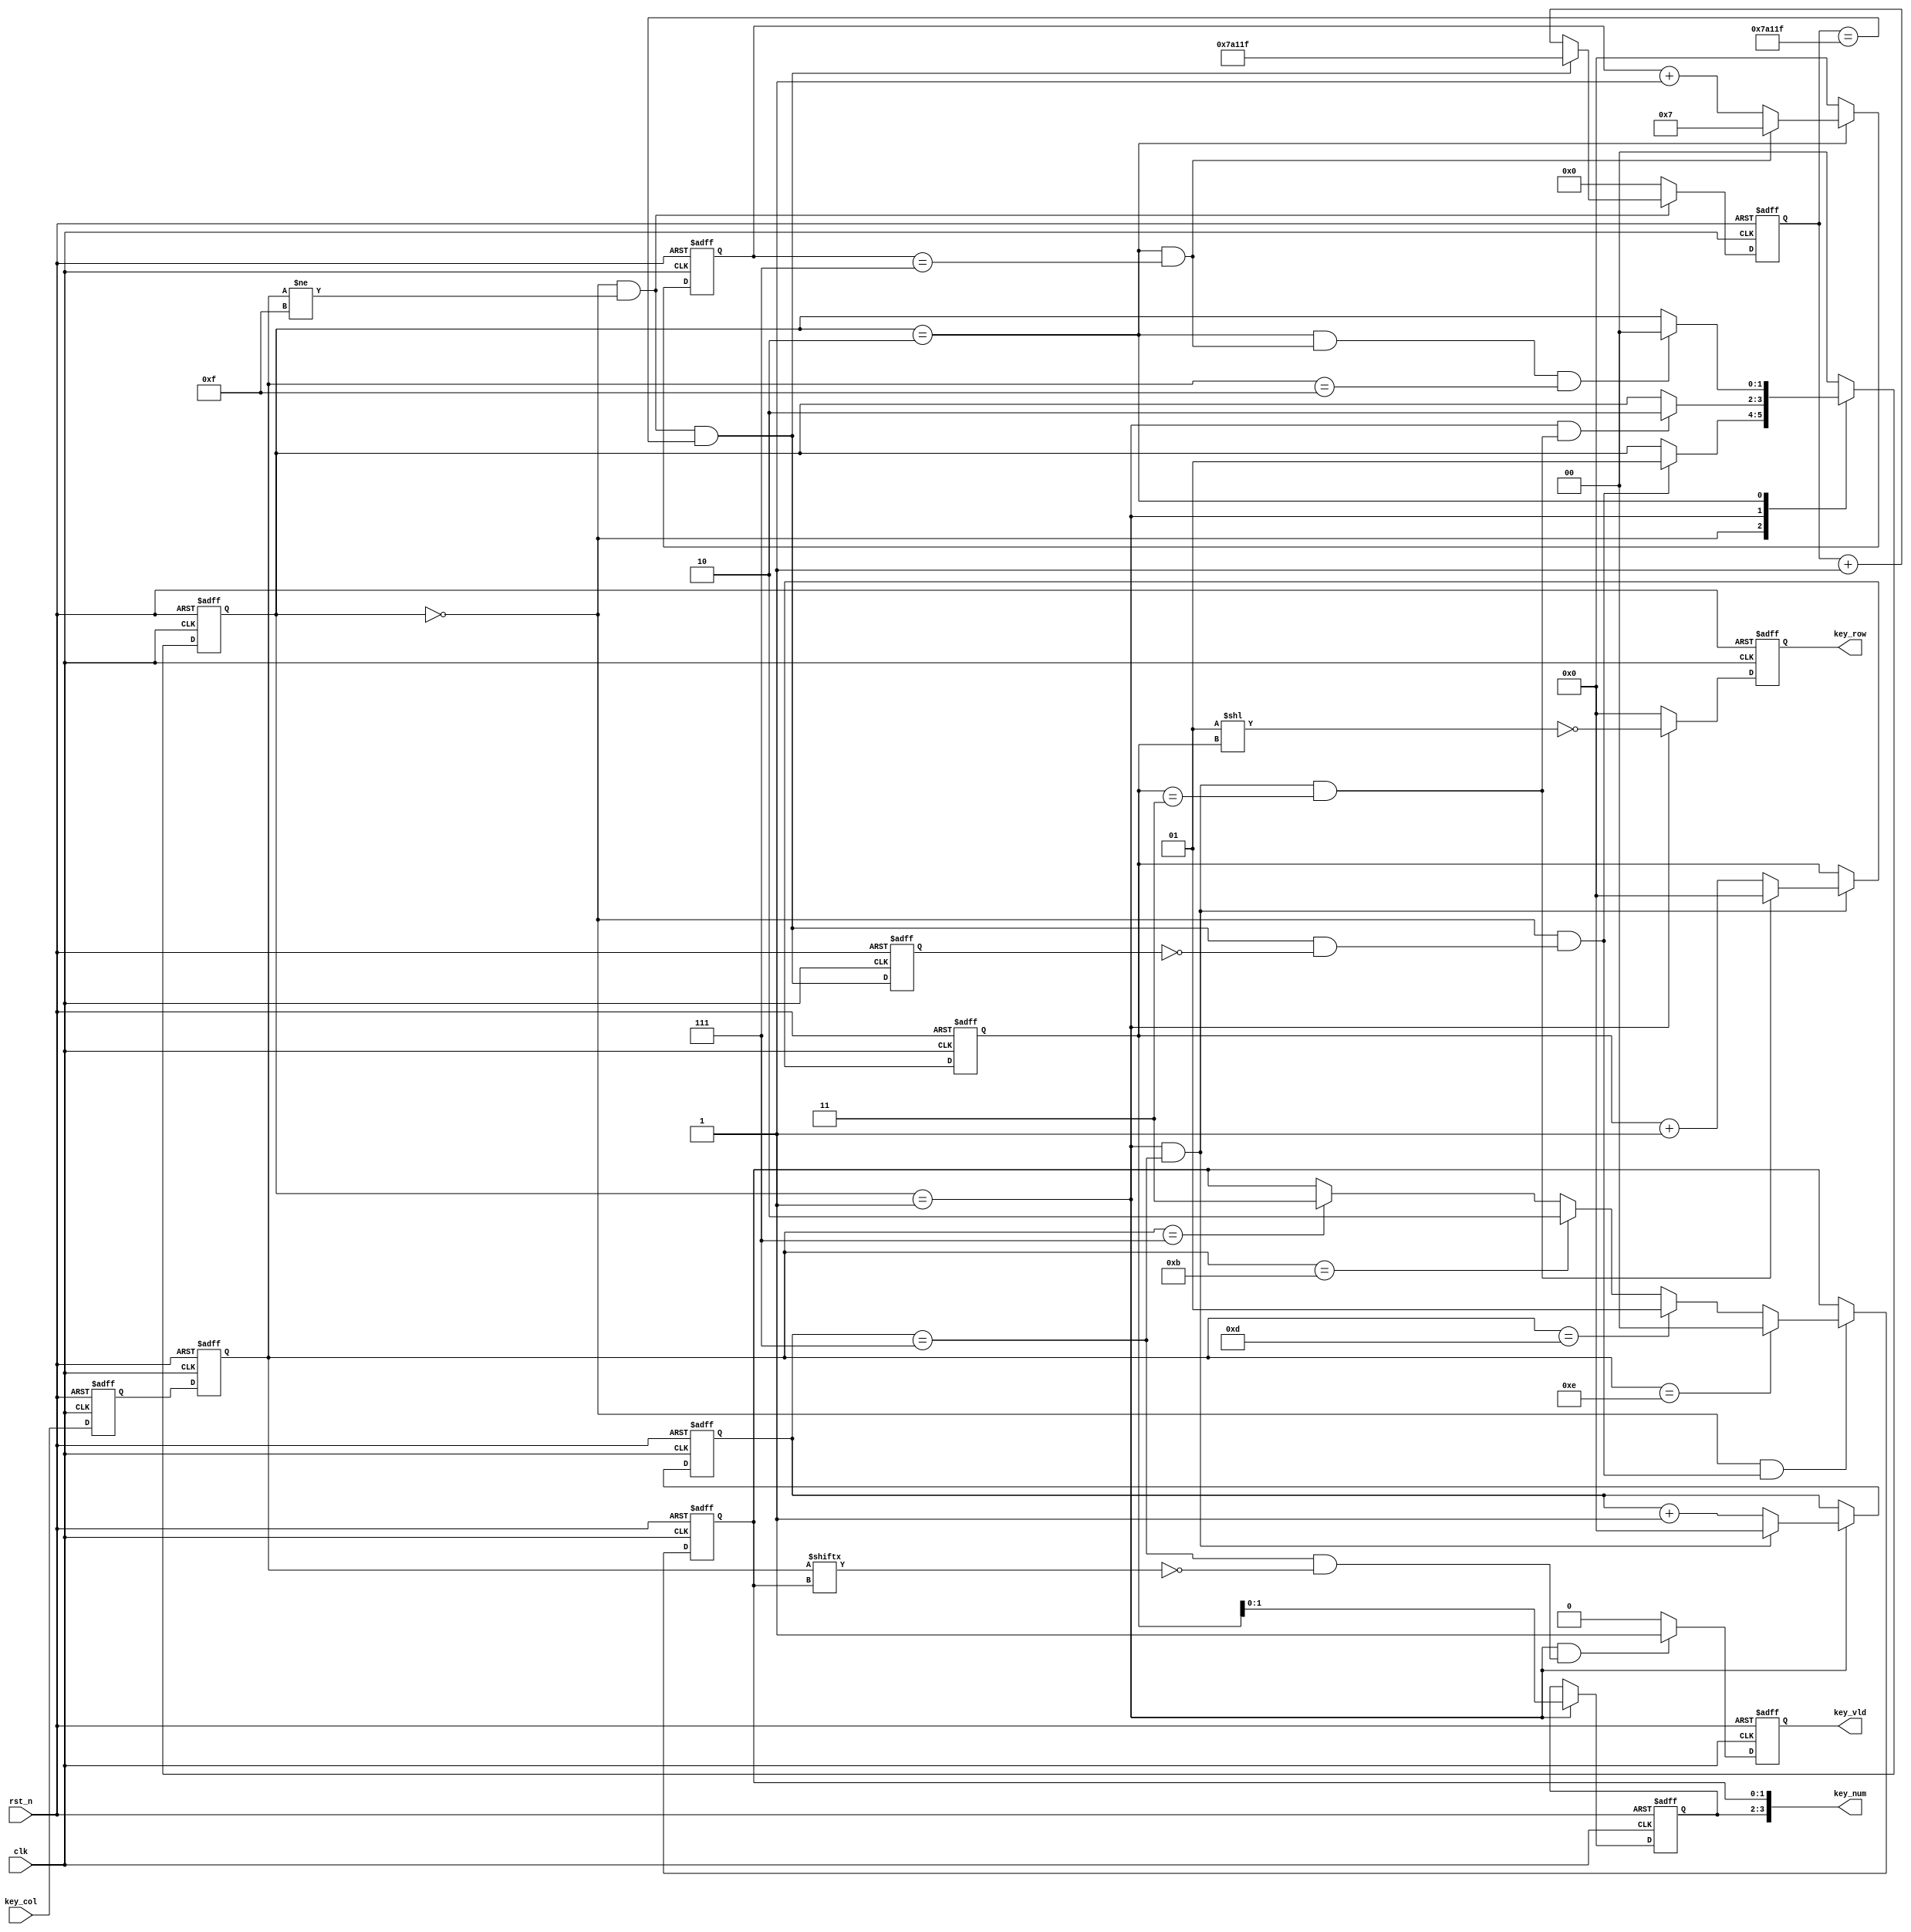
module key_scan(
    clk         ,
    rst_n       ,
    key_col     ,
    key_row     ,
    key_num     ,
    key_vld              
);

    parameter     T20MS = 20'd500_000;     //25m
    parameter     CHK_COL = 2'b00,CHK_ROW = 2'b01,WAIT = 2'b10;

    //
    input         clk     ;
    input         rst_n   ;
    input  [3:0]  key_col ;

    //
    output [3:0]  key_row ;
    output [3:0]  key_num ;
    output        key_vld ;

    //reg
    reg    [3:0]  key_row ;
//    reg    [3:0]  key_num ;
    reg           key_vld ;

    //
    reg [1:0]     state_c ;
    reg [1:0]     state_n ;
    reg [3:0]     key_col_ff0;
    reg [3:0]     key_col_ff1;
    reg [19:0]    count_20ms ;
    reg           keep_count_20ms_ff0;
    reg [3:0]     count_row;
    reg [3:0]     count_row_step;
    reg [1:0]     col_num;
    reg [1:0]     row_num;
    reg [3:0]     count_wait;

    wire          col_row ;
    wire          row_wait;
    wire          wait_col;
    wire          add_count_20ms;
    wire          keep_count_20ms;
    wire          l2h;
    wire          add_count_row;
    wire          end_count_row;
    wire          add_count_row_step;
    wire          end_count_row_step;
    wire          flag_key_vld;
    wire          add_count_wait;
    wire          keep_count_wait;

    //

    always @ (posedge clk or negedge rst_n)begin
        if(!rst_n)begin
            state_c <= CHK_COL;
        end
        else begin
            state_c <= state_n;
        end
    end

    always @ (*)begin
        case(state_c)
            CHK_COL:begin
                if(col_row)begin
                    state_n = CHK_ROW;
                end
                else begin
                    state_n = state_c;
                end
            end
            CHK_ROW:begin
                if(row_wait)begin
                    state_n = WAIT;
                end
                else begin
                    state_n = state_c;
                end
            end
            WAIT:begin
                if(wait_col)begin
                    state_n = CHK_COL;
                end
                else begin
                    state_n = state_c;
                end
            end
            default:begin
                state_n = CHK_COL;
            end
        endcase
    end

    assign col_row  = state_c == CHK_COL && l2h;
    assign row_wait = state_c == CHK_ROW && end_count_row_step;
    assign wait_col = state_c == WAIT && keep_count_wait && key_col_ff1 == 4'b1111;

    always @ (posedge clk or negedge rst_n)begin
        if(!rst_n)begin
            key_col_ff0 <= 4'b1111;
            key_col_ff1 <= 4'b1111;
        end
        else begin
            key_col_ff0 <= key_col;
            key_col_ff1 <= key_col_ff0;
        end
    end

    always @ (posedge clk or negedge rst_n)begin
        if(!rst_n)begin
            count_20ms <= 0;
        end
        else if(add_count_20ms)begin
            if(keep_count_20ms)begin
                count_20ms <= T20MS-1;
            end
            else begin
                count_20ms <= count_20ms + 1;
            end
        end
        else begin
            count_20ms <= 0;
        end
    end

    assign add_count_20ms  = state_c == CHK_COL && key_col_ff1 != 4'b1111;
    assign keep_count_20ms = add_count_20ms && count_20ms == T20MS-1;

    always @ (posedge clk or negedge rst_n)begin
        if(!rst_n)begin
            keep_count_20ms_ff0 <= 0;
        end
        else begin
            keep_count_20ms_ff0 <= keep_count_20ms;
        end
    end

    assign l2h = keep_count_20ms == 1 && keep_count_20ms_ff0 == 0;

    always @ (posedge clk or negedge rst_n)begin
        if(!rst_n)begin
            count_row <= 0;
        end
        else if(add_count_row)begin
            if(end_count_row)begin
                count_row <= 0;
            end
            else begin
                count_row <= count_row + 1;
            end
        end
    end

    assign add_count_row = state_c == CHK_ROW;
    assign end_count_row = add_count_row && count_row == 8-1;

    always @ (posedge clk or negedge rst_n)begin
        if(!rst_n)begin
            count_row_step <= 0;
        end
        else if(add_count_row_step)begin
            if(end_count_row_step)begin
                count_row_step <= 0;
            end
            else begin
                count_row_step <= count_row_step + 1;
            end
        end
    end

    assign add_count_row_step = end_count_row;
    assign end_count_row_step = add_count_row_step && count_row_step == 4-1;

    always @ (posedge clk or negedge rst_n)begin
        if(!rst_n)begin
            key_row <= 0;
        end
        else if(state_c == CHK_ROW)begin
            key_row <= ~(1 << count_row_step);
        end
        else begin
            key_row <= 4'b0000;
        end
    end

    always @ (posedge clk or negedge rst_n)begin
        if(!rst_n)begin
            col_num <= 0;
        end
        else if(state_c == CHK_COL && col_row)begin
            if(key_col_ff1 == 4'b1110)begin
                col_num <= 0;
            end
            else if(key_col_ff1 == 4'b1101)begin
                col_num <= 1;
            end
            else if(key_col_ff1 == 4'b1011)begin
                col_num <= 2;
            end
            else if(key_col_ff1 == 4'b0111)begin
                col_num <= 3;
            end
        end
    end

    always @ (posedge clk or negedge rst_n)begin
        if(!rst_n)begin
            row_num <= 0;
        end
        else if(state_c == CHK_ROW)begin
            row_num <= count_row_step[1:0];
        end
    end

    assign key_num = {row_num,col_num};

    always @ (posedge clk or negedge rst_n)begin
        if(!rst_n)begin
            key_vld <= 0;
        end
        else if(state_c == CHK_ROW && flag_key_vld)begin
            key_vld <= 1;
        end
        else begin
            key_vld <= 0;
        end
    end

    assign flag_key_vld = count_row == 8-1 && key_col_ff1[col_num] == 0;

    always @ (posedge clk or negedge rst_n)begin
        if(!rst_n)begin
            count_wait <= 0;
        end
        else if(add_count_wait)begin
            if(keep_count_wait)begin
                count_wait <= 8-1;
            end
            else begin
                count_wait <= count_wait + 1;
            end
        end
        else begin
            count_wait <= 0;
        end
    end

    assign add_count_wait  = state_c == WAIT;
    assign keep_count_wait = add_count_wait && count_wait == 8-1;


    endmodule